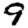
Digit: 9